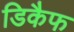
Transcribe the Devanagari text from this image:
डिकैफ